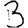
Digit: 3